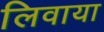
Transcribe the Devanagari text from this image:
लिवाया